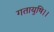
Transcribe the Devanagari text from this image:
गतायुषि।।